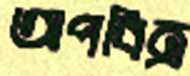
অপবিত্র